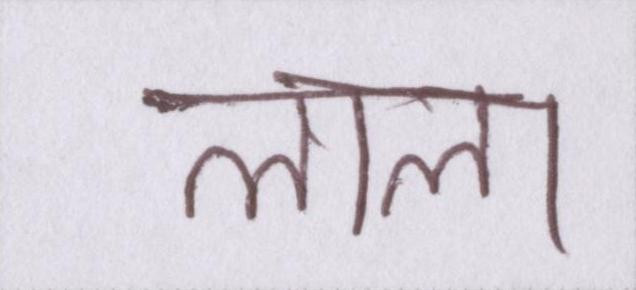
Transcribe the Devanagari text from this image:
लाला